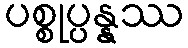
ပစ္စုပ္ပန္နဿ